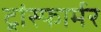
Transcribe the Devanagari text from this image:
ट्रांस्फार्मर